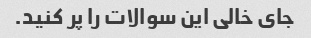
جای خالی این سوالات را پر کنید.